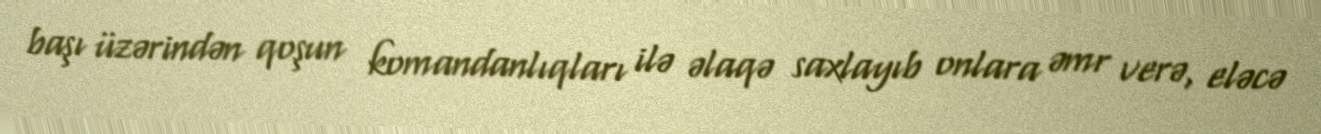
başı üzərindən qoşun komandanlıqları ilə əlaqə saxlayıb onlara əmr verə, eləcə